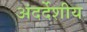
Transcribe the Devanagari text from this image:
अंदर्देशीय